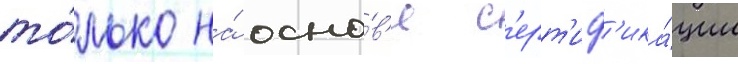
то́лько на́ осно́в'е с'ерт'иф'ика́ции